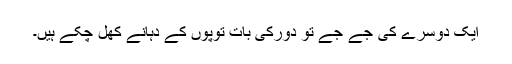
ایک دوسرے کی جے جے تو دورکی بات توپوں کے دہانے کھل چکے ہیں۔